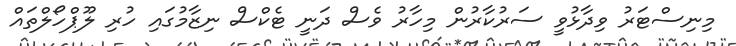
މިނިސްޓަރު ވިދާޅުވީ ސަރުކާރުން މިހާރު ވެސް ދަނީ ޓެކްސް ނިޒާމުގައި ހުރި ލޫޕްހޯލްތައް